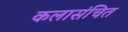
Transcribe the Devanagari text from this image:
कलासंचित